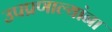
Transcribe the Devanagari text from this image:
उपप्रणाल्यांना